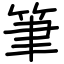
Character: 筆